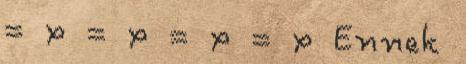
= x = x = x = x Ennek